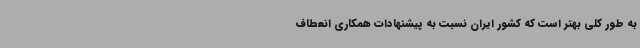
به طور کلی بهتر است که کشور ایران نسبت به پیشنهادات همکاری انعطاف